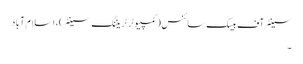
سینٹر آف بیسک سائنس(کمپیوٹر ٹریننگ سینٹر) ، اسلام آباد
۔